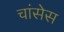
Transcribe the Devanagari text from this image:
चांसेस